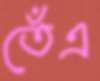
তেঁএ